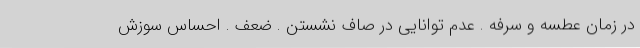
در زمان عطسه و سرفه . عدم توانایی در صاف نشستن . ضعف . احساس سوزش